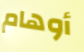
أوهام